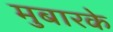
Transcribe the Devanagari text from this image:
मुबारके